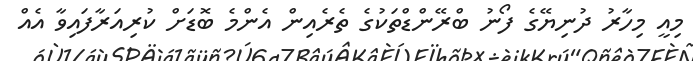
މިއީ މިހާރު ދުނިޔޭގެ ފޯނު ބްރޭންޑްތަކުގެ ތެރެއިން އެންމެ ބޮޑަށް ކުރިއަރާފައިވާ އެއް